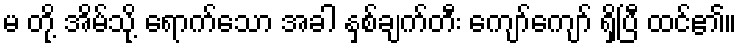
မ တို့ အိမ်သို့ ရောက်သော အခါ နှစ်ချက်တီး ကျော်ကျော် ရှိပြီ ထင်၏။